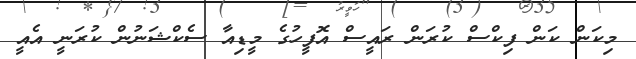
މިކަން ކަން ފިކްސް ކުރަން ރައީސް އޮފީހުގެ މީޑިއާ ސެކްޝަނުން ކުރަނީ އެއީ